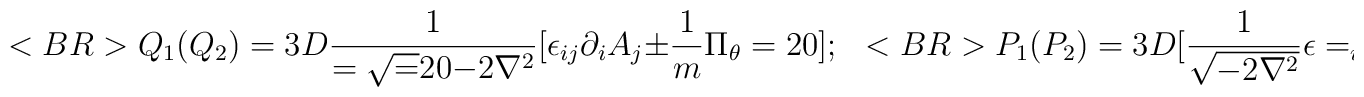
<BR>Q_1(Q_2)=3D{1\over ={{\sqrt=20{-2\nabla ^2}}}}[\epsilon _{ij}\partial _iA_j\pm {1\over m}\Pi _\theta=20];~~<BR>P_1(P_2)=3D[{1\over {{\sqrt {-2\nabla ^2}}}}\epsilon =_{ij}\partial _i\Pi=20_j\mp<BR>{m\over 2}{\sqrt {-2\nabla ^2}}\theta=20],<BR><BR>